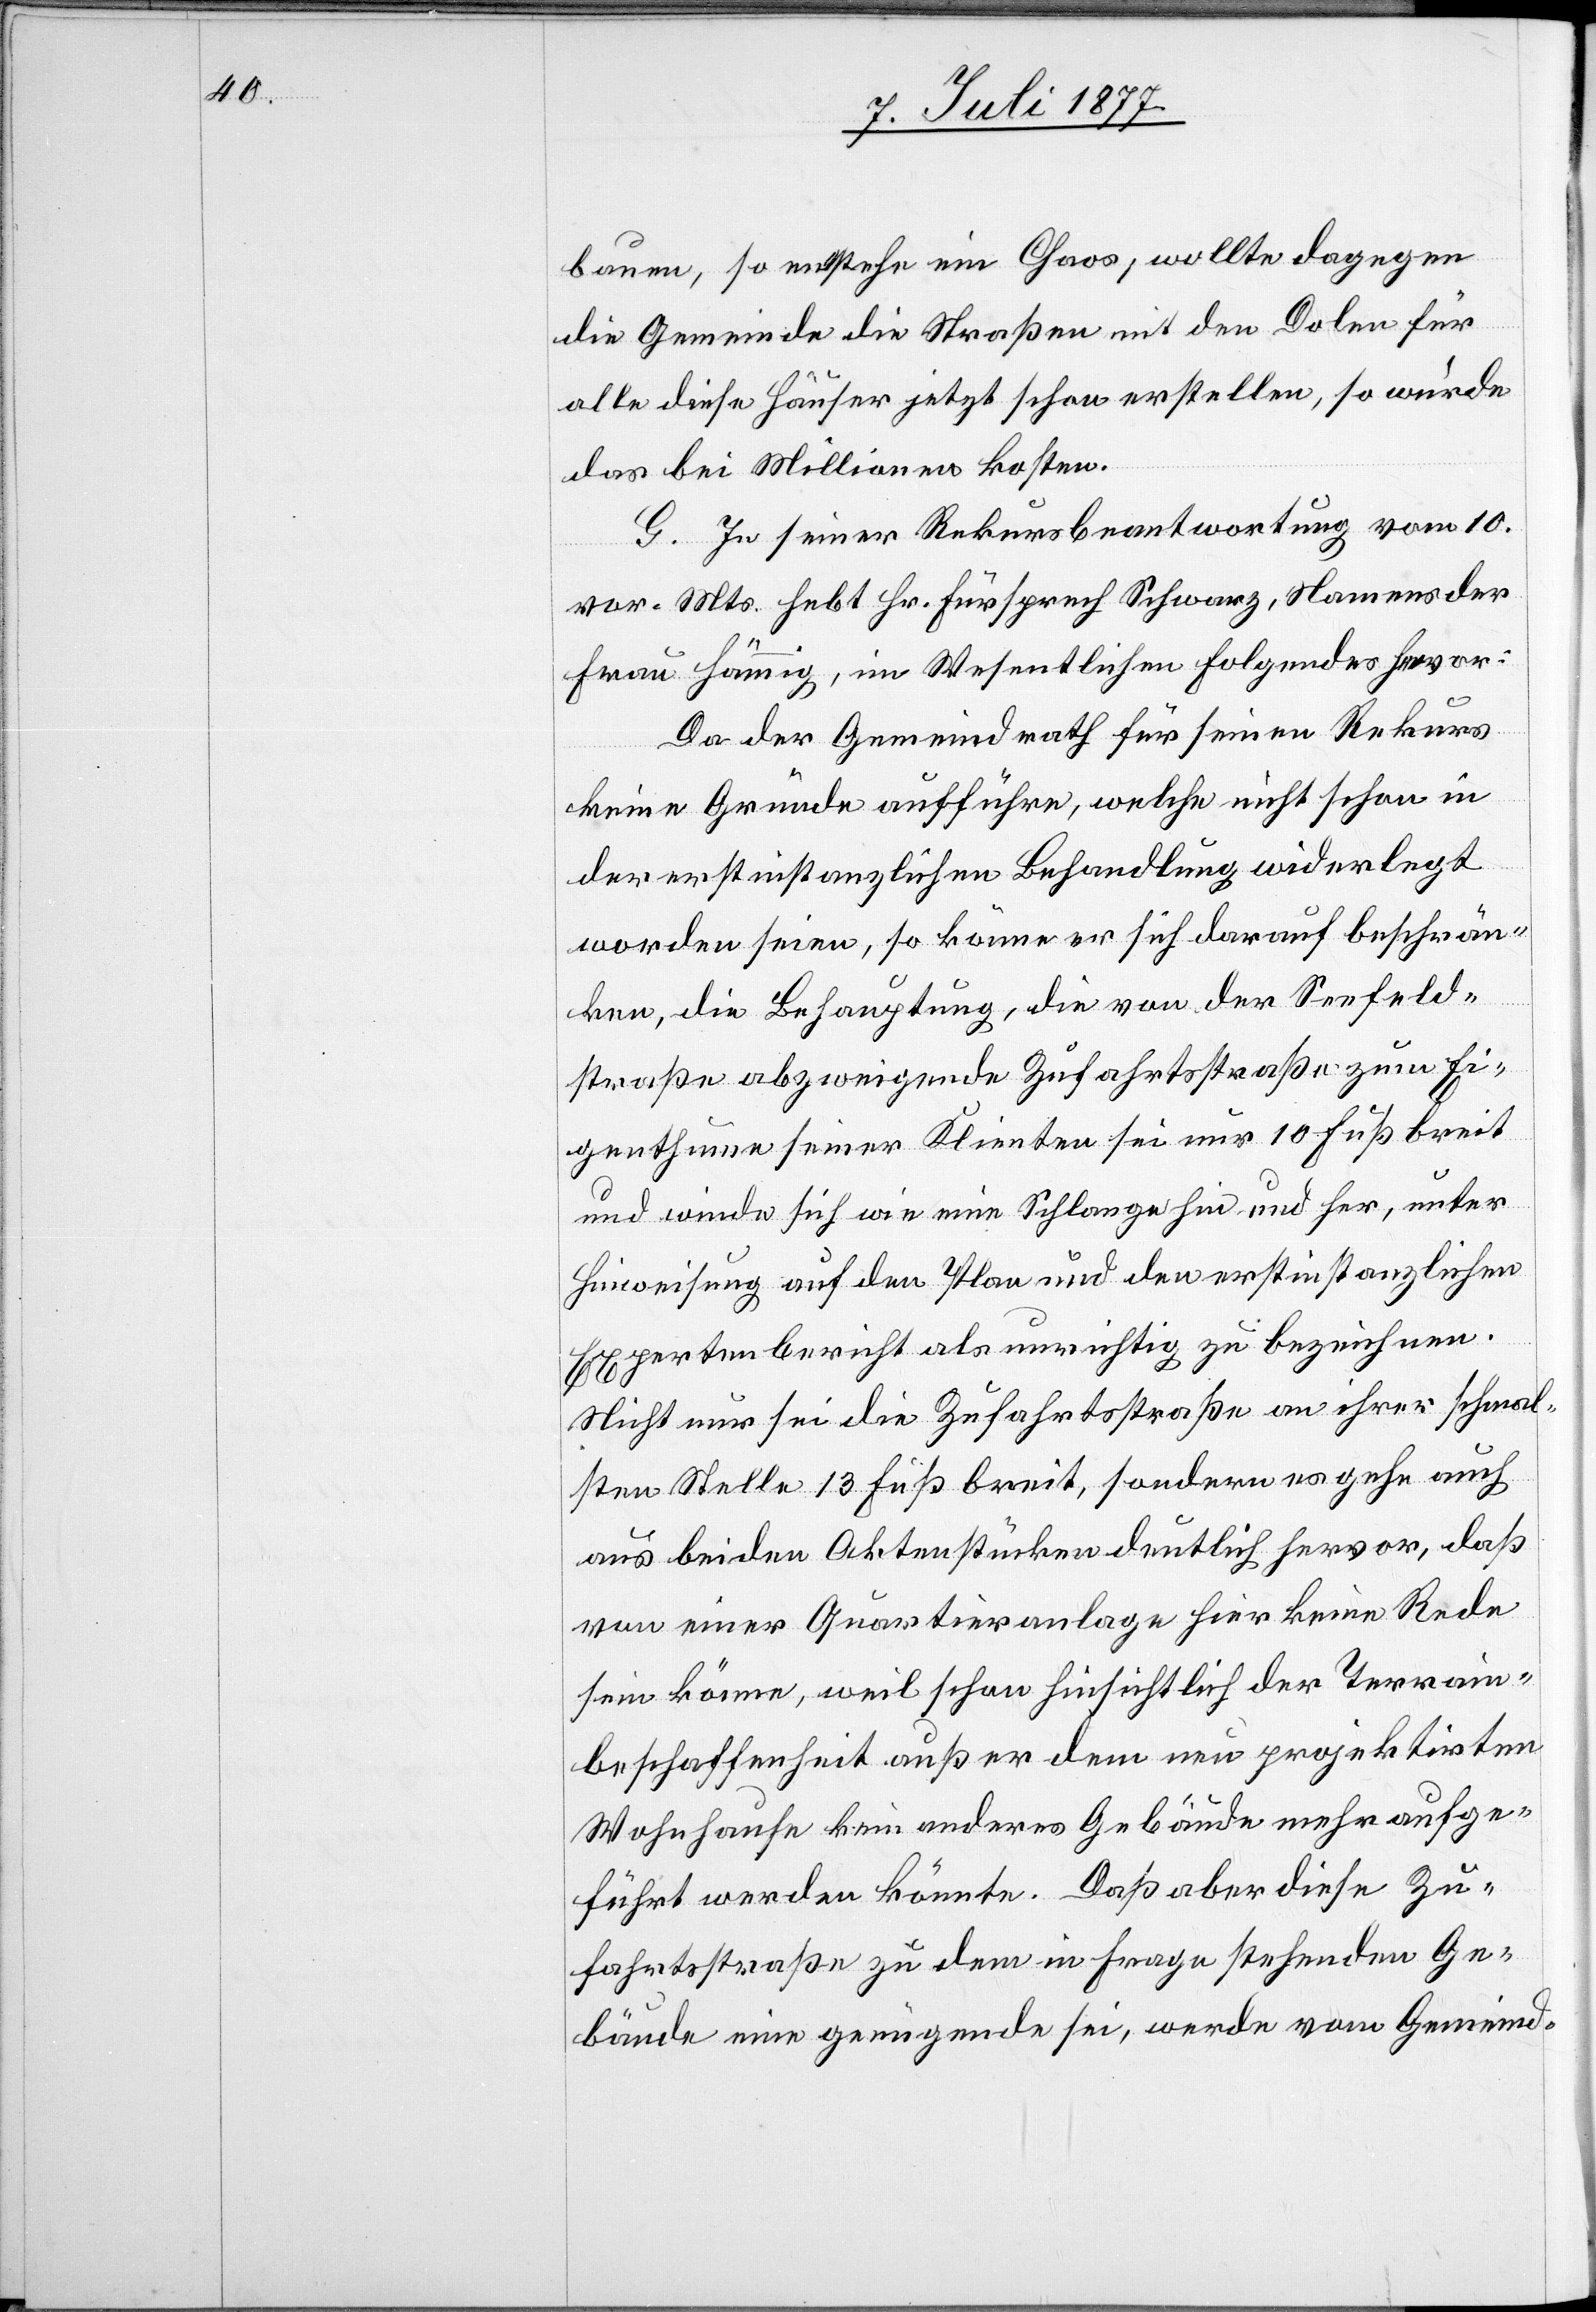
bauen, so entstehe ein Chaos, wollte dagegen
die Gemeinde die Straßen mit den Dolen für
alle diese Häuser jetzt schon erstellen, so würde
das bei Millionen kosten.
G. In seiner Rekursbeantwortung vom 10.
vor. Mts. hebt Hr. Fürsprech Schwarz, Namens der
Frau Hämmig, im Wesentlichen Folgendes hervor:
Da der Gemeindrath für seinen Rekurs
keine Gründe aufführe, welche nicht schon in
der erstinstanzlichen Behandlung widerlegt
worden seien, so könne er sich darauf beschrän¬
ken, die Behauptung, die von der Seefeld¬
straße abzweigende Zufahrtsstraße zum Ei¬
genthume seiner Klienten sei nur 10 Fuß breit
und winde sich wie eine Schlange hin und her, unter
Hinweisung auf den Plan und den erstinstanzlichen
Expertenbericht als unrichtig zu bezeichnen.
Nicht nur sei die Zufahrtsstraße an ihrer schmal¬
sten Stelle 13 Fuß breit, sondern es gehe auch
aus beiden Aktenstücken deutlich hervor, daß
von einer Quartieranlage hier keine Rede
sein könne, weil schon hinsichtlich der Terrain¬
beschaffenheit außer dem neu projektirten
Wohnhause kein anderes Gebäude mehr aufge¬
führt werden könnte. Daß aber diese Zu¬
fahrtsstraße zu dem in Frage stehenden Ge¬
bäude eine genügende sei, werde vom Gemeind-